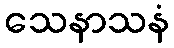
သေနာသနံ